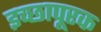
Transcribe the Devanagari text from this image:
इच्छापूरक